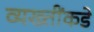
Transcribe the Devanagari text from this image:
व्यख्तींकडे